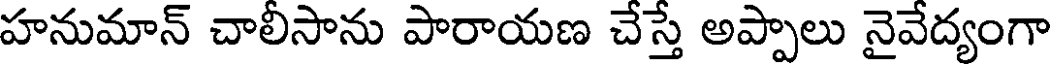
హనుమాన్ చాలీసాను పారాయణ చేస్తే అప్పాలు నైవేద్యంగా